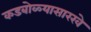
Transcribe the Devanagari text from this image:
कडबोळ्यासारखे